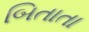
બિતાતા